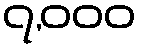
၇,၀၀၀